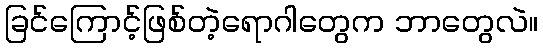
ခြင်ကြောင့်ဖြစ်တဲ့ရောဂါတွေက ဘာတွေလဲ။